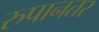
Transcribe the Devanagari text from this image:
रुपानतर